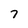
Character: 7